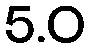
5.0